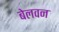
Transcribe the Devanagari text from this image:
बेलवन